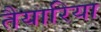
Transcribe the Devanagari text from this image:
तैयारिया